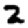
Digit: 2